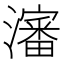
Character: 瀋